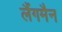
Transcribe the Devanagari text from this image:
लैंगमैन